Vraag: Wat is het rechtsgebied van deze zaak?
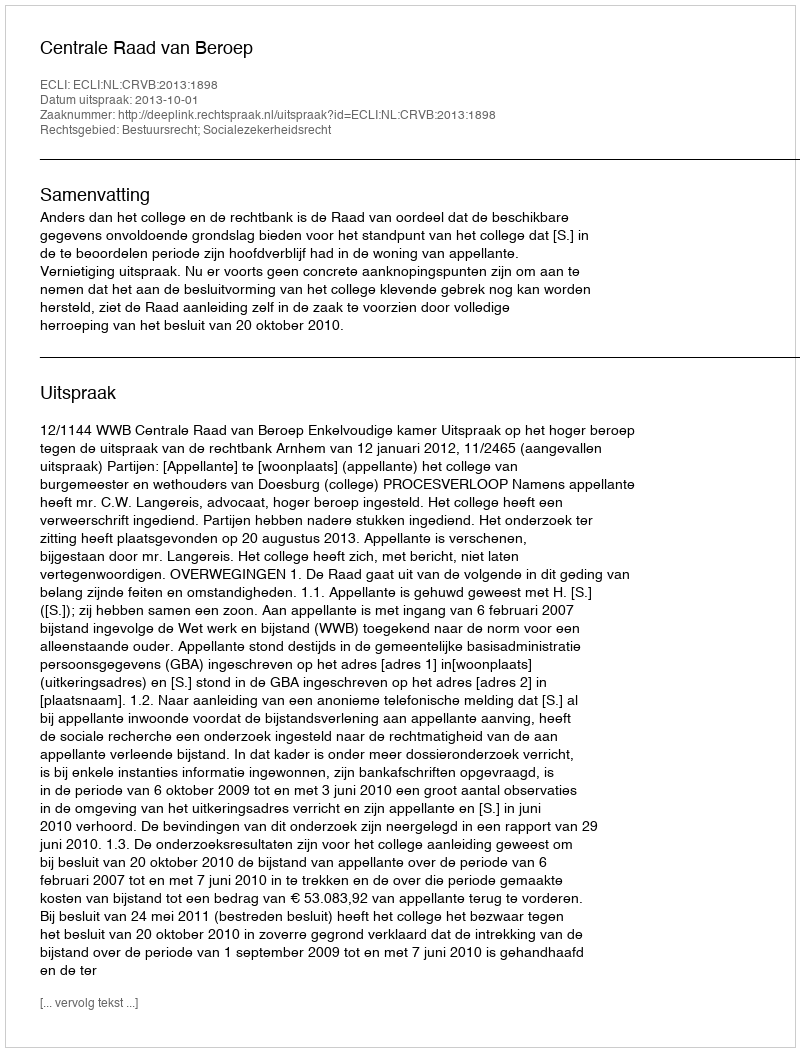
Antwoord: Bestuursrecht; Socialezekerheidsrecht